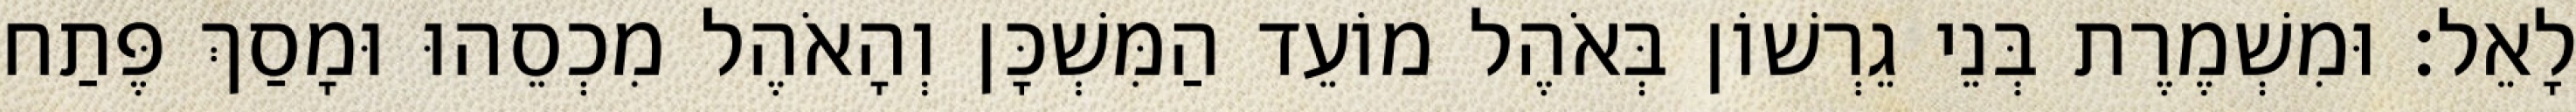
לָאֵל׃ וּמִשְׁמֶרֶת בְּנֵי גֵרְשׁוֹן בְּאֹהֶל מוֹעֵד הַמִּשְׁכָּן וְהָאֹהֶל מִכְסֵהוּ וּמָסַךְ פֶּתַח